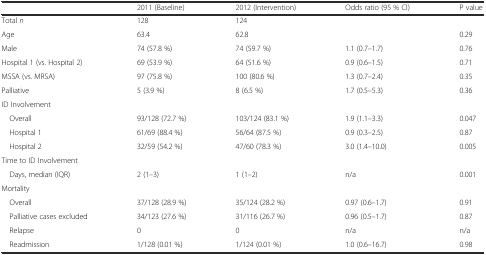
<table><thead><tr><td></td><td><b>2011 (Baseline)</b></td><td><b>2012 (Intervention)</b></td><td><b>Odds ratio (95 % CI)</b></td><td><b>P value</b></td></tr></thead><tbody><tr><td>Total <i>n</i></td><td>128</td><td>124</td><td></td><td></td></tr><tr><td>Age</td><td>63.4</td><td>62.8</td><td></td><td>0.29</td></tr><tr><td>Male</td><td>74 (57.8 %)</td><td>74 (59.7 %)</td><td>1.1 (0.7–1.7)</td><td>0.76</td></tr><tr><td>Hospital 1 (vs. Hospital 2)</td><td>69 (53.9 %)</td><td>64 (51.6 %)</td><td>0.9 (0.6–1.5)</td><td>0.71</td></tr><tr><td>MSSA (vs. MRSA)</td><td>97 (75.8 %)</td><td>100 (80.6 %)</td><td>1.3 (0.7–2.4)</td><td>0.35</td></tr><tr><td>Palliative</td><td>5 (3.9 %)</td><td>8 (6.5 %)</td><td>1.7 (0.5–5.3)</td><td>0.36</td></tr><tr><td colspan="5">ID Involvement</td></tr><tr><td> Overall</td><td>93/128 (72.7 %)</td><td>103/124 (83.1 %)</td><td>1.9 (1.1–3.3)</td><td>0.047</td></tr><tr><td> Hospital 1</td><td>61/69 (88.4 %)</td><td>56/64 (87.5 %)</td><td>0.9 (0.3–2.5)</td><td>0.87</td></tr><tr><td> Hospital 2</td><td>32/59 (54.2 %)</td><td>47/60 (78.3 %)</td><td>3.0 (1.4–10.0)</td><td>0.005</td></tr><tr><td colspan="5">Time to ID Involvement</td></tr><tr><td> Days, median (IQR)</td><td>2 (1–3)</td><td>1 (1–2)</td><td>n/a</td><td>0.001</td></tr><tr><td colspan="5">Mortality</td></tr><tr><td> Overall</td><td>37/128 (28.9 %)</td><td>35/124 (28.2 %)</td><td>0.97 (0.6–1.7)</td><td>0.91</td></tr><tr><td> Palliative cases excluded</td><td>34/123 (27.6 %)</td><td>31/116 (26.7 %)</td><td>0.96 (0.5–1.7)</td><td>0.87</td></tr><tr><td> Relapse</td><td>0</td><td>0</td><td>n/a</td><td>n/a</td></tr><tr><td> Readmission</td><td>1/128 (0.01 %)</td><td>1/124 (0.01 %)</td><td>1.0 (0.6–16.7)</td><td>0.98</td></tr></tbody></table>